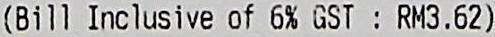
(BILL INCLUSIVE OF 6% GST : RM3.62)